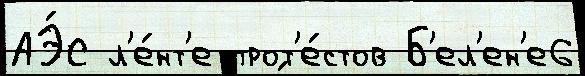
АЭ́С л'е́нт'е прот'е́стов Б'ел'ен'е6